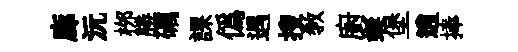
廊沅桞勝礪課僞遇搜敎廚蜒堡逍捧